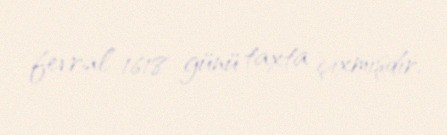
fevral 1618 günü taxta çıxmışdır.